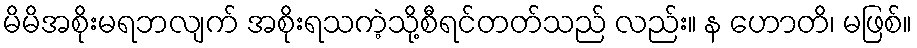
မိမိအစိုးမရဘလျက် အစိုးရသကဲ့သို့စီရင်တတ်သည် လည်း။ န ဟောတိ၊ မဖြစ်။